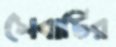
সেবাটির